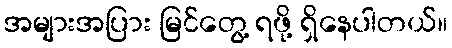
အများအပြား မြင်တွေ့ ရဖို့ ရှိနေပါတယ်။